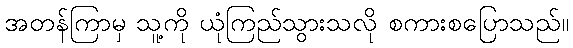
အတန်ကြာမှ သူ့ကို ယုံကြည်သွားသလို စကားစပြောသည်။